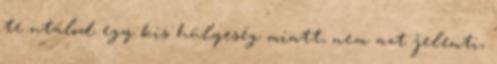
te utálod egy kis hülyeség miatt, nem azt jelenti,